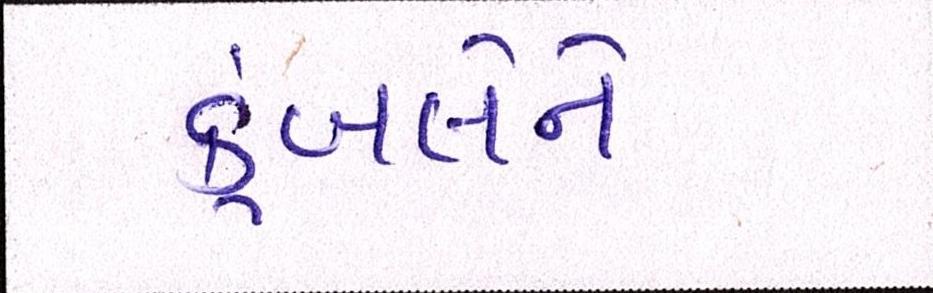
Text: કુંબલેને